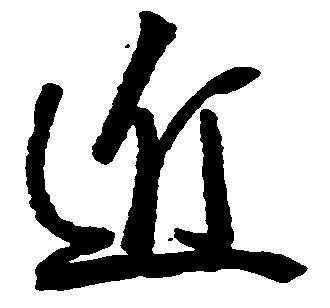
近